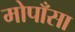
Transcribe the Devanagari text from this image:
मोपाँसा